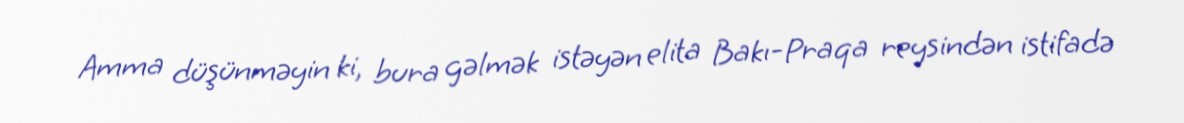
Amma düşünməyin ki, bura gəlmək istəyən elita Bakı-Praqa reysindən istifadə